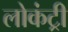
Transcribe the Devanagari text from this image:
लोकंट्री